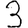
Digit: 3